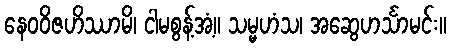
နေဝဝိဇဟိဿာမိ၊ ငါမစွန့်အံ့။ သမ္မဟံသ၊ အဆွေဟင်္သာမင်း။